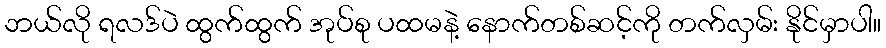
ဘယ်လို ရလဒ်ပဲ ထွက်ထွက် အုပ်စု ပထမနဲ့ နောက်တစ်ဆင့်ကို တက်လှမ်း နိုင်မှာပါ။